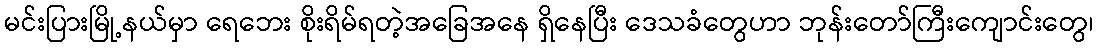
မင်းပြားမြို့နယ်မှာ ရေဘေး စိုးရိမ်ရတဲ့အခြေအနေ ရှိနေပြီး ဒေသခံတွေဟာ ဘုန်းတော်ကြီးကျောင်းတွေ၊